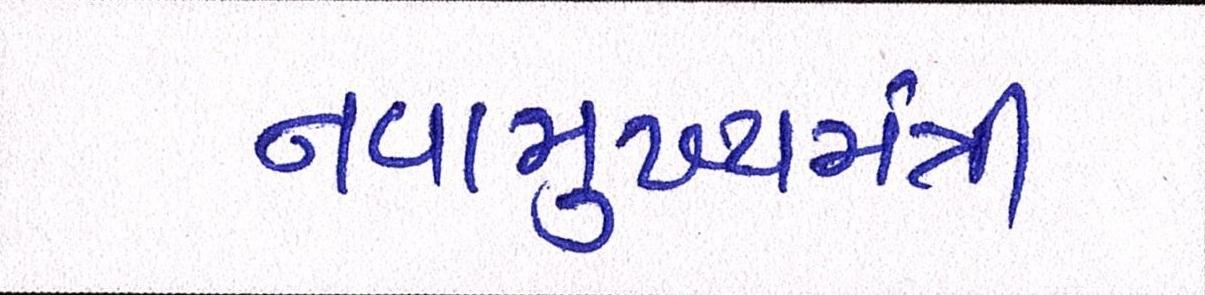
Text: નવામુખ્યમંત્રી